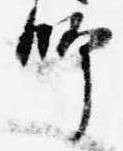
師